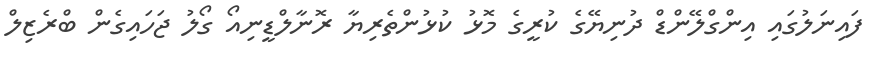
ފައިނަލުގައި އިންގްލޭންޑް ދުނިޔޭގެ ކުރީގެ މޮޅު ކުޅުންތެރިޔާ ރޮނާލްޑީނިއޯ ގޯލު ޖަހައިގެން ބްރެޒިލް